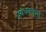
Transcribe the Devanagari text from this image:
प्रबंधक्कूत्तु